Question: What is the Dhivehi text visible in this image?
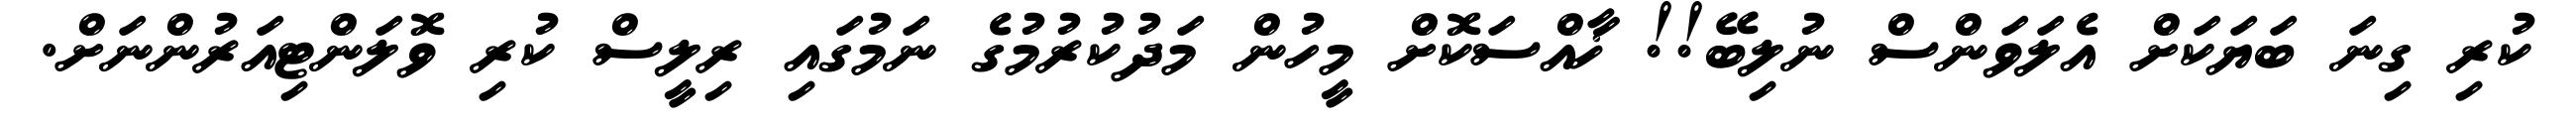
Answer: ކުރި ގިނަ ބަޔަކަށް އެލަވަންސް ނުލިބޭ!! ޚާއްސަކޮށް މީހުން މަދުކުރުމުގެ ނަމުގައި ރިލީސް ކުރި ވޮލަންޓިއަރުންނަށް.